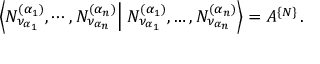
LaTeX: \left\langle N _ { \nu _ { \alpha _ { 1 } } } ^ { ( \alpha _ { 1 } ) } , \cdots , N _ { \nu _ { \alpha _ { n } } } ^ { ( \alpha _ { n } ) } \right\vert \left. N _ { \nu _ { \alpha _ { 1 } } } ^ { ( \alpha _ { 1 } ) } , \dots , N _ { \nu _ { \alpha _ { n } } } ^ { ( \alpha _ { n } ) } \right\rangle = { \cal A } ^ { \{ { \cal N } \} } \, .